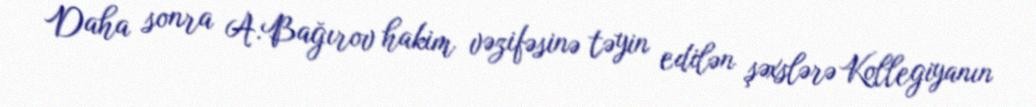
Daha sonra A.Bağırov hakim vəzifəsinə təyin edilən şəxslərə Kollegiyanın